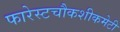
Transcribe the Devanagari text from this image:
फारेस्टचौकशीकमेटी